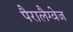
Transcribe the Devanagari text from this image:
पैरालैग्वेज